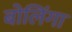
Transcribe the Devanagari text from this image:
बोलिंगा